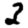
Digit: 3